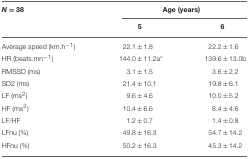
<table><thead><tr><td><b><i>N</i> = 38</b></td><td colspan="2"><b>Age (years)</b></td></tr><tr><td></td><td><b>5</b></td><td><b>6</b></td></tr></thead><tbody><tr><td>Average speed (km.h<sup>−1</sup>)</td><td>22.1 ± 1.8</td><td>22.2 ± 1.6</td></tr><tr><td>HR (beats.mn<sup>−1</sup>)</td><td>144.0 ± 11.2a<sup>*</sup></td><td>139.6 ± 13.0b</td></tr><tr><td>RMSSD (ms)</td><td>3.1 ± 1.5</td><td>3.6 ± 2.2</td></tr><tr><td>SD2 (ms)</td><td>21.4 ± 10.1</td><td>19.8 ± 6.1</td></tr><tr><td>LF (ms<sup>2</sup>)</td><td>9.6 ± 4.6</td><td>10.0 ± 5.2</td></tr><tr><td>HF (ms<sup>2</sup>)</td><td>10.4 ± 6.6</td><td>8.4 ± 4.6</td></tr><tr><td>LF/HF</td><td>1.2 ± 0.7</td><td>1.4 ± 0.8</td></tr><tr><td>LFnu (%)</td><td>49.8 ± 16.3</td><td>54.7 ± 14.2</td></tr><tr><td>HFnu (%)</td><td>50.2 ± 16.3</td><td>45.3 ± 14.2</td></tr></tbody></table>